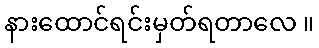
နားထောင်ရင်းမှတ်ရတာလေ ။